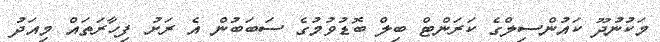
މަކުނުދޫ ކައުންސިލްގެ ކަރަންޓް ބިލް ބޮޑުވުމުގެ ސަބަބުން އެ ރަށު ފިހާރަތައް މިއަދު